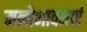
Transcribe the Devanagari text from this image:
मनोभावनाएं